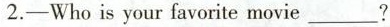
2.——Who is your favorite movie___?